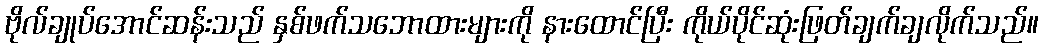
ဗိုလ်ချုပ်အောင်ဆန်းသည် နှစ်ဖက်သဘောထားများကို နားထောင်ပြီး ကိုယ်ပိုင်ဆုံးဖြတ်ချက်ချလိုက်သည်။